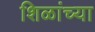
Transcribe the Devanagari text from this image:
शिळांच्या